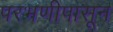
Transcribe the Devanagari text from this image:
परभणीपासून